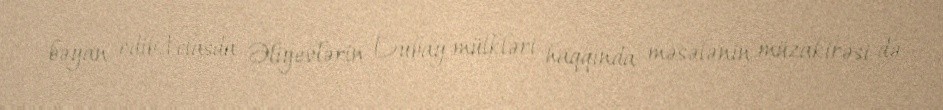
bəyan edib.İclasda Əliyevlərin Dubay mülkləri haqqında məsələnin müzakirəsi də